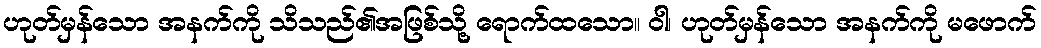
ဟုတ်မှန်သော အနက်ကို သိသည်၏အဖြစ်သို့ ရောက်ထသော။ ဝါ၊ ဟုတ်မှန်သော အနက်ကို မဖောက်